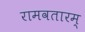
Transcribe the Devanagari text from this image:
रामवतारम्‌